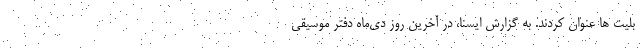
بلیت ها عنوان کردند. به گزارش ایسنا، در آخرین روز دی‌ماه دفتر موسیقی